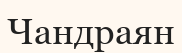
Чандраян